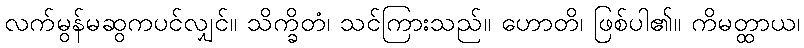
လက်မွန်မဆွကပင်လျှင်။ သိက္ခိတံ၊ သင်ကြားသည်။ ဟောတိ၊ ဖြစ်ပါ၏။ ကိမတ္ထာယ၊